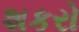
શકરો